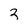
Character: 3